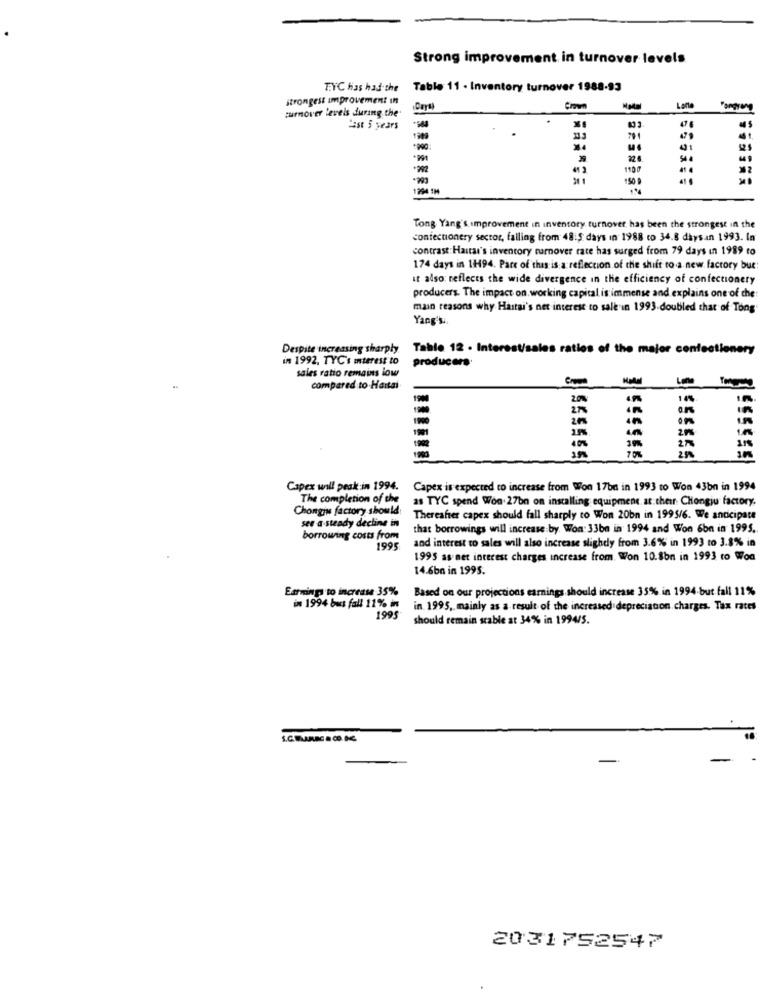
Strong improvement in turnover levels
TYC has had the
Table 11 - Inventory turnover 1988-93
strongest improvement In
turnover levels during the
Lane
Best 5 years
--
22.6
1100
-23
50 0
294 1H
Tong Yang's improvement in inventory turnover, has been the strongest in the
confectionery sector, falling from 48:5 days in 1988 co 34.8 days.an 1993. In
contrast Hasta's inventory turnover rate has surged from 79 days in 1989 to
174 days in 11494. Pare of this is a reflection of the shift to a new factory bue:
it also: reflects the wide divergence in the efficiency of confectionery
producers. The impact on. working capital. is immense and explains one of che
main reasons why Hastai's net interest to sale in 1993.doubled that of Tong
Yang's.
Despite increasing sharply
Table 12 . Interest/sales raties of the major confectionery
in 1992. TYC's interest to
producers
sales ratio remains low
compared to Hartai
20%
14%
21%
30%
2.50
1900
Capex will peak in 1994.
Capex is expected to increase from Won 17bn in 1993 co Won 43bn in 1994
The completion of the
as TYC spend Won. 27bn on installing equipment. at.their Chongju factory.
Chongju factory should
see a steady decline in
Thereafter capex should fall sharply to Won 20bn in 1995/6. We anticipate
that borrowings will increase by. Won: 33ba in 1994 and Won 6bn in 1995.
borrowing costs from
and interest to sales will also increase slighdy from 3.6% in 1993 to 3.8% in
1995
1995 as net interest charges increase from. Won 10.8bn in 1993 co Won
14.6bn in 1995.
Earnings to increase 35%
Based on our projections earnings. should increase 35% in 1994-but fall 11%
in 1994 bus fall 11% in
in 1995, mainly as a result of the increased depreciation. charges. Tax rates
1995
should remain stable at 34% in 1994/5.
2031752547